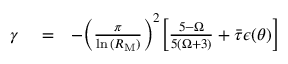
\begin{array} { r l r } { \gamma } & { { } = } & { - \bigg ( \frac { \pi } { \ln { ( R _ { \mathrm { M } } ) } } \bigg ) ^ { 2 } \bigg [ \frac { 5 - \Omega } { 5 ( \Omega + 3 ) } + \Bar { \tau } \epsilon ( \theta ) \bigg ] } \end{array}